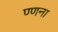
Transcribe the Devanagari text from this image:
ण्णना